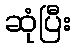
ဆုံပြီး